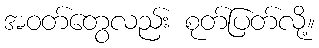
အဝတ်တွေလည်း စုတ်ပြတ်လို့။